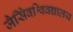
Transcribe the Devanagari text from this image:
जैसेिवश्विवद्यालय